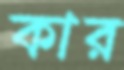
কার